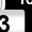
Digit: 3